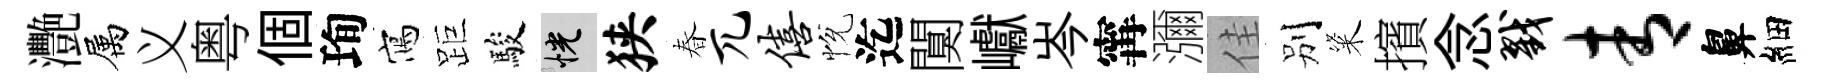
灧属义粤個珣寫距駿恍狭春兀僖恱迄闃巘岑𡩋瀰佳别粢擯念戮青鼻細